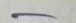
-